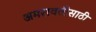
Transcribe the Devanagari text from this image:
अमरावतीसाठी